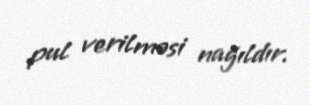
pul verilməsi nağıldır.